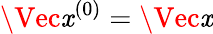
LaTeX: \Vec{\mathit{x}}^{(0)}=\Vec{\mathit{x}}